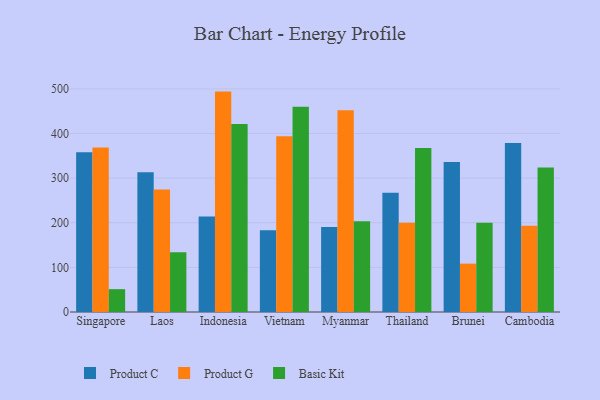
{"axis": {"x": "Country", "y": "Latency (ms)"}, "legend": ["Basic Kit", "Product C", "Product G"], "data": [{"x": "Singapore", "y": 358.3, "type": "Product C"}, {"x": "Singapore", "y": 368.7, "type": "Product G"}, {"x": "Singapore", "y": 51.2, "type": "Basic Kit"}, {"x": "Laos", "y": 313.3, "type": "Product C"}, {"x": "Laos", "y": 274.6, "type": "Product G"}, {"x": "Laos", "y": 134.1, "type": "Basic Kit"}, {"x": "Indonesia", "y": 214.2, "type": "Product C"}, {"x": "Indonesia", "y": 494.0, "type": "Product G"}, {"x": "Indonesia", "y": 421.4, "type": "Basic Kit"}, {"x": "Vietnam", "y": 183.2, "type": "Product C"}, {"x": "Vietnam", "y": 393.7, "type": "Product G"}, {"x": "Vietnam", "y": 459.9, "type": "Basic Kit"}, {"x": "Myanmar", "y": 190.3, "type": "Product C"}, {"x": "Myanmar", "y": 452.3, "type": "Product G"}, {"x": "Myanmar", "y": 203.6, "type": "Basic Kit"}, {"x": "Thailand", "y": 267.3, "type": "Product C"}, {"x": "Thailand", "y": 200.3, "type": "Product G"}, {"x": "Thailand", "y": 367.8, "type": "Basic Kit"}, {"x": "Brunei", "y": 336.4, "type": "Product C"}, {"x": "Brunei", "y": 108.4, "type": "Product G"}, {"x": "Brunei", "y": 200.3, "type": "Basic Kit"}, {"x": "Cambodia", "y": 378.9, "type": "Product C"}, {"x": "Cambodia", "y": 193.5, "type": "Product G"}, {"x": "Cambodia", "y": 324.1, "type": "Basic Kit"}]}